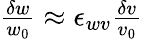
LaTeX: \begin{array}{r}{\frac{\delta w}{w_{0}}\approx\epsilon_{wv}\frac{\delta v}{v_{0}}}\end{array}